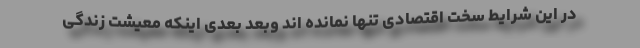
در این شرایط سخت اقتصادی تنها نمانده اند وبعد بعدی اینکه معیشت زندگی‌